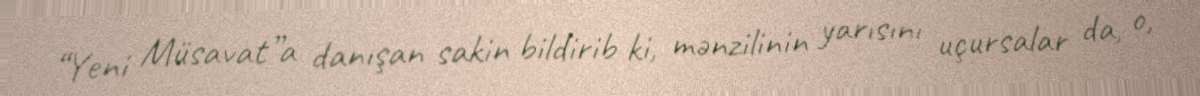
“Yeni Müsavat”a danışan sakin bildirib ki, mənzilinin yarısını uçursalar da, o,